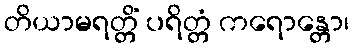
တိယာမရတ္တိံ ပရိတ္တံ ကရောန္တော၊